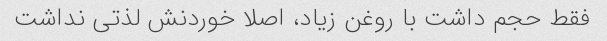
فقط حجم داشت با روغن زیاد، اصلا خوردنش لذتی نداشت